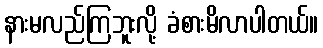
နားမလည်ကြဘူးလို့ ခံစားမိလာပါတယ်။